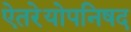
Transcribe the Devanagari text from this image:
ऐतरेयोपनिषद